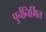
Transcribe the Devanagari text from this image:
पुर्ननिर्मित